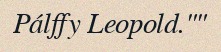
Pálffy Leopold.""